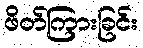
ဖိတ်ကြားခြင်း